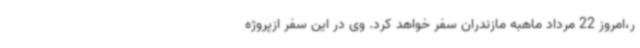
ر،امروز 22 مرداد ماهبه مازندران سفر خواهد کرد. وی در این سفر ازپروژه